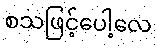
စသဖြင့်ပေါ့လေ